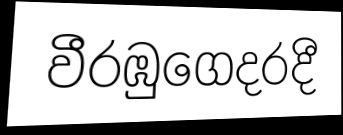
වීරඹුගෙදරදී